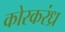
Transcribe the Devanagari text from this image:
कोरकरंध्र